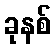
ခုနစ်